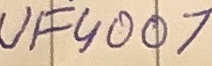
Text: UF4007